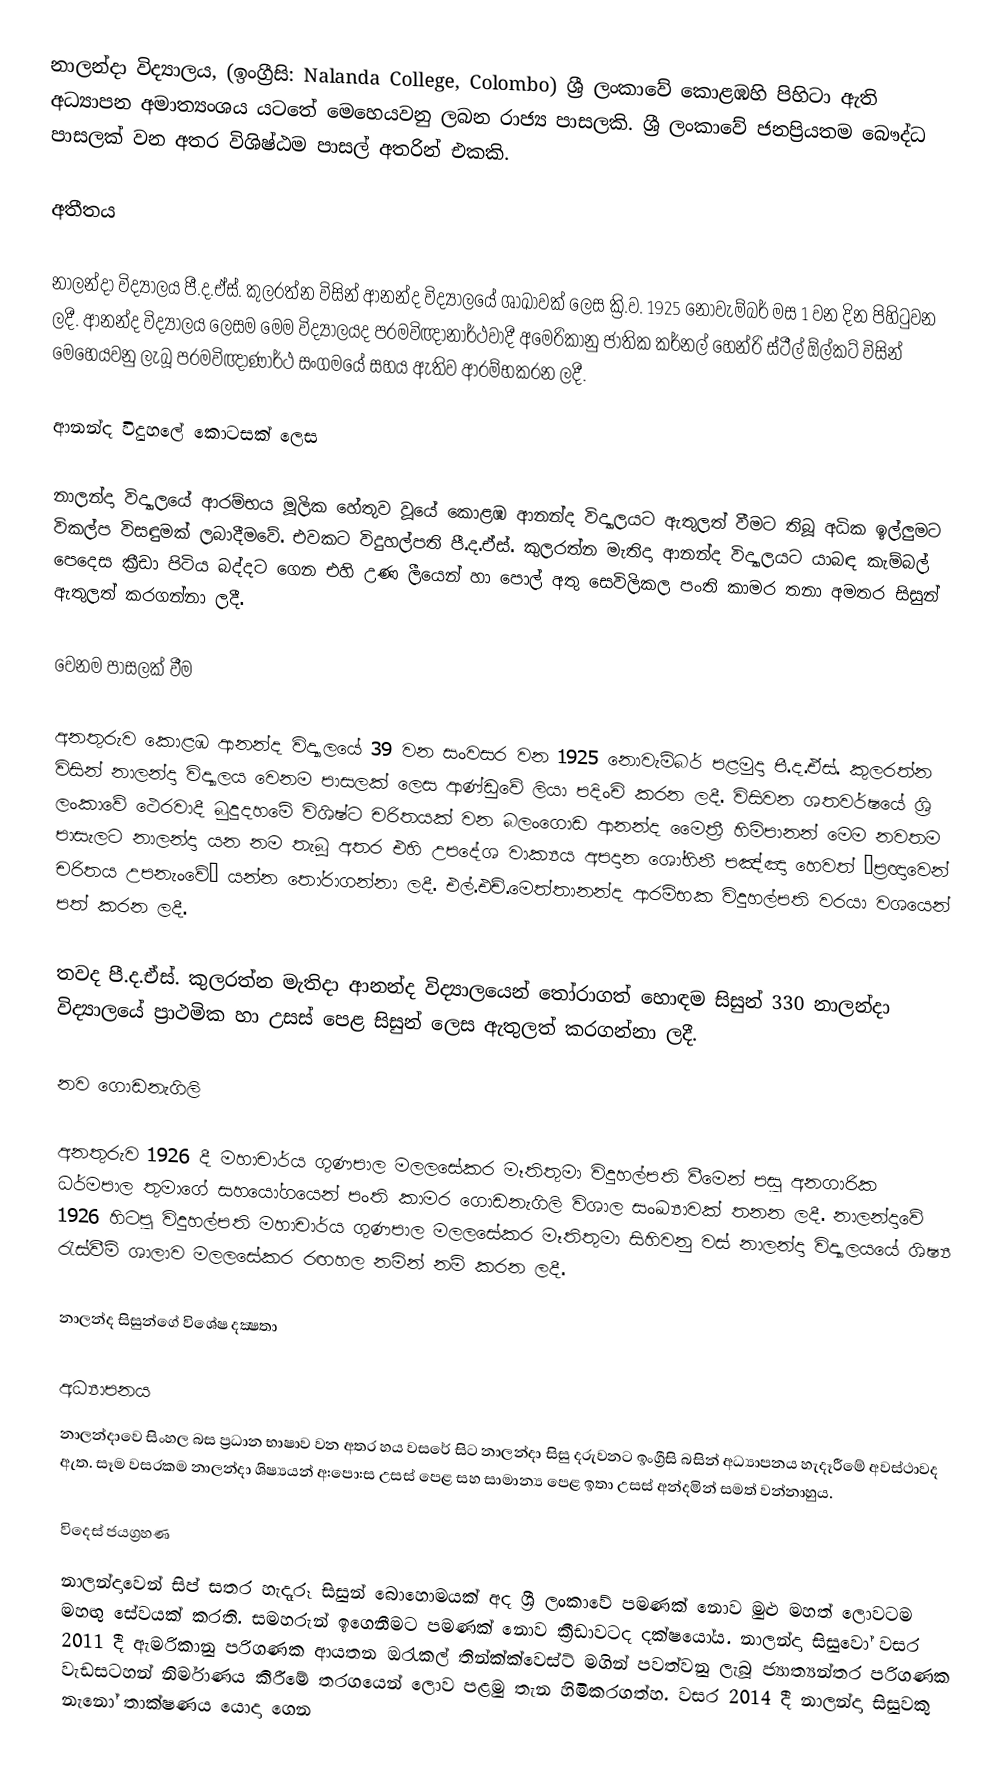
නාලන්දා විද්‍යාලය, (ඉංග්‍රීසි: Nalanda College, Colombo) ශ්‍රී ලංකා‍‍වේ කොළඹහි පිහිටා ඇති අධ්‍යාපන අමාත්‍යංශය යටතේ මෙහෙයවනු ලබන රාජ්‍ය පාසලකි. ශ්‍රී ලංකාවේ ජනප්‍රියතම බෞද්ධ පාසලක්‌  වන අතර විශිෂ්ඨම පාසල් අතරින් එකකි.

අතීතය

නාලන්දා විද්‍යාලය පී.ද.ඒස්. කුලරත්න විසින් ආනන්ද විද්‍යාලයේ ශාඛාවක් ලෙස ක්‍රි.ව. 1925 නොවැම්බර් මස 1 වන දින පිහිටුවන ලදී. ආනන්ද විද්‍යාලය ලෙසම මෙම විද්‍යාලයද පරමවිඥානාර්ථවාදී අමෙරිකානු‍ ජාතික කර්නල් හෙන්රි ස්ටීල් ඕල්කට් විසින් මෙහෙයවනු ලැබූ පරමවිඥාණාර්ථ සංගමයේ සහය ඇතිව ආරම්භකරන ලදී.

ආනන්ද විදුහලේ කොටසක් ලෙස

නාලන්දා විද්‍යාලයේ ආරම්භය මූලික හේතුව වූයේ කොළඹ ආනන්ද විද්‍යාලයට ඇතුලත් වීමට තිබූ අධික ඉල්ලුමට විකල්ප විසඳුමක් ලබාදීමවේ. එවකට විදුහල්පති පී.ද.ඒස්. කුලරත්න මැතිදා ආනන්ද විද්‍යාලයට යාබඳ කැම්බල් පෙදෙස ක්‍රීඩා පිටිය බද්දට ගෙන එහි උණ ලීයෙන් හා පොල් අතු සෙවිලිකල පංති කාමර තනා අමතර සිසුන් ඇතුලත් කරගන්නා ලදී.

වෙනම පාසලක් වීම

අනතුරුව කොළඹ ආනන්ද විද්‍යාලයේ 39 වන සංවසර වන 1925 නොවැම්බර් පළමුදා පී.ද.ඒස්. කුලරත්න විසින් නාලන්දා විද්‍යාලය වෙනම පාසලක් ලෙස ආණ්ඩුවේ ලියා පදිංචි කරන ලදී. විසිවන ශතවර්ෂයේ ශ්‍රි ලංකාවේ ථෙරවාදී බුදුදහමේ විශිෂ්ට චරිතයක් වන බලංගොඩ ආනන්ද ‍මෛත්‍රී හිමිපානන් මෙම නවතම පාසැලට නාලන්දා යන නම තැබූ අතර එහි උපදේශ වාක්‍යය අපදාන ශෝභිනී පඤ්ඤා හෙවත් “ප්‍රඥාවෙන් චරිතය උපනැංවේ“ යන්න තෝරාගන්නා ලදී. එල්.එච්.මෙත්තානන්ද ආරම්භක විදුහල්පති වරයා වශයෙන් පත් කරන ලදී.

තවද පී.ද.ඒස්. කුලරත්න මැතිදා ආනන්ද විද්‍යාලයෙන් තෝරාගත් හොඳම සිසුන් 330 නාලන්දා විද්‍යාලයේ ප්‍රාථමික හා උසස් පෙළ සිසුන් ලෙස ඇතුලත් කරගන්නා ලදී.

නව ගොඩනැගිලි

අනතුරුව 1926 දී මහාචාර්ය ගුණපාල මලලසේකර මෑතිතුමා විදුහල්පති වීමෙන් පසු අනගාරික ධර්මපාල තුමාගේ සහයෝගයෙන් පංති කාමර ගොඩනැගිලි විශාල සංඛ්‍යාවක් තනන ලදී. නාලන්දාවේ 1926 හිටපු විදුහල්පති මහාචාර්ය ගුණපාල මලලසේකර මෑතිතුමා සිහිවනු වස් නාලන්දා විද්‍යාලයයේ ශිෂ්‍ය රැස්වීම් ශාලාව මලලසේකර රඟහල නමින් නම් කරන ලදී.

නාලන්ද සිසුන්ගේ විශේෂ දක්‍ෂතා

අධ්‍යාපනය
නාලන්දාවෙ සිංහල බස ප්‍රධාන භාෂාව වන අතර හය වසරේ සිට නාලන්දා සිසු දරුවනට ඉංග්‍රීසි බසින් අධ්‍යාපනය හැදෑරීමේ අවස්ථාවද ඇත. සෑම වසරකම නාලන්දා ශිෂ්‍යයන් අ:පො:ස උසස් පෙළ සහ සාමාන්‍ය පෙළ ඉතා උසස් අන්දමින් සමත් වන්නාහුය.

විදෙස් ජයග්‍රහණ
නාලන්දාවෙන් සිප් සතර හැදෑරූ සිසුන් බොහොමයක් අද ශ්‍රී ලංකාවේ පමණක් නොව මුළු මහත් ලොවටම මහඟු සේවයක් කරති. සමහරුන් ඉගෙනීමට පමණක් නොව ක්‍රීඩාවටද දක්ෂයෝය. නාලන්දා සිසුවෝ වසර 2011 දී ඇමරිකානු පරිගණක ආයතන ඔරැකල් තින්ක්ක්වෙස්ට් මගින් පවත්වනු ලැබූ ජ්‍යාත්‍යන්තර පරිගණක වැඩසටහන් නිර්මාණය කිරීමේ තරගයෙන් ලොව පළමු තැන හිමිකරගත්හ. වසර 2014 දී නාලන්දා සිසුවකු නැනෝ තාක්ෂණය යොදා ගෙන